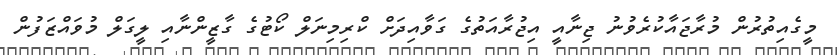
މީގެއިތުރުން މުރާޖައާކުރެވުނު ޖިނާއީ އިޖުރާއަތުގެ ގަވާއިދަށް ކްރިމިނަލް ކޯޓުގެ ގާޒީންނާއި ލީގަލް މުވައްޒަފުން